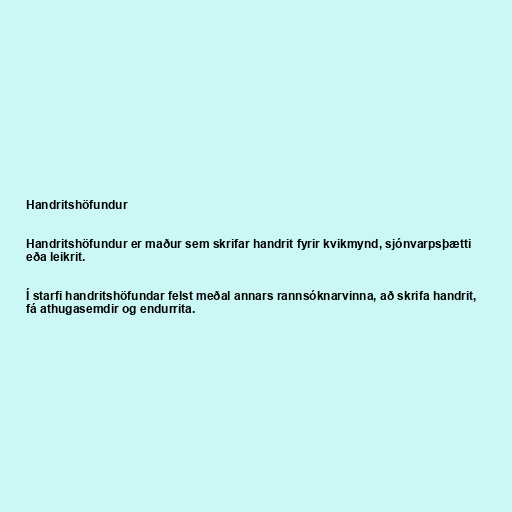
Handritshöfundur

Handritshöfundur er maður sem skrifar handrit fyrir kvikmynd, sjónvarpsþætti
eða leikrit.

Í starfi handritshöfundar felst meðal annars rannsóknarvinna, að skrifa handrit,
fá athugasemdir og endurrita.